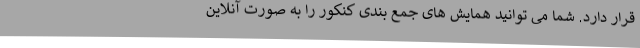
قرار دارد. شما می توانید همایش های جمع بندی کنکور را به صورت آنلاین